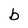
Character: b